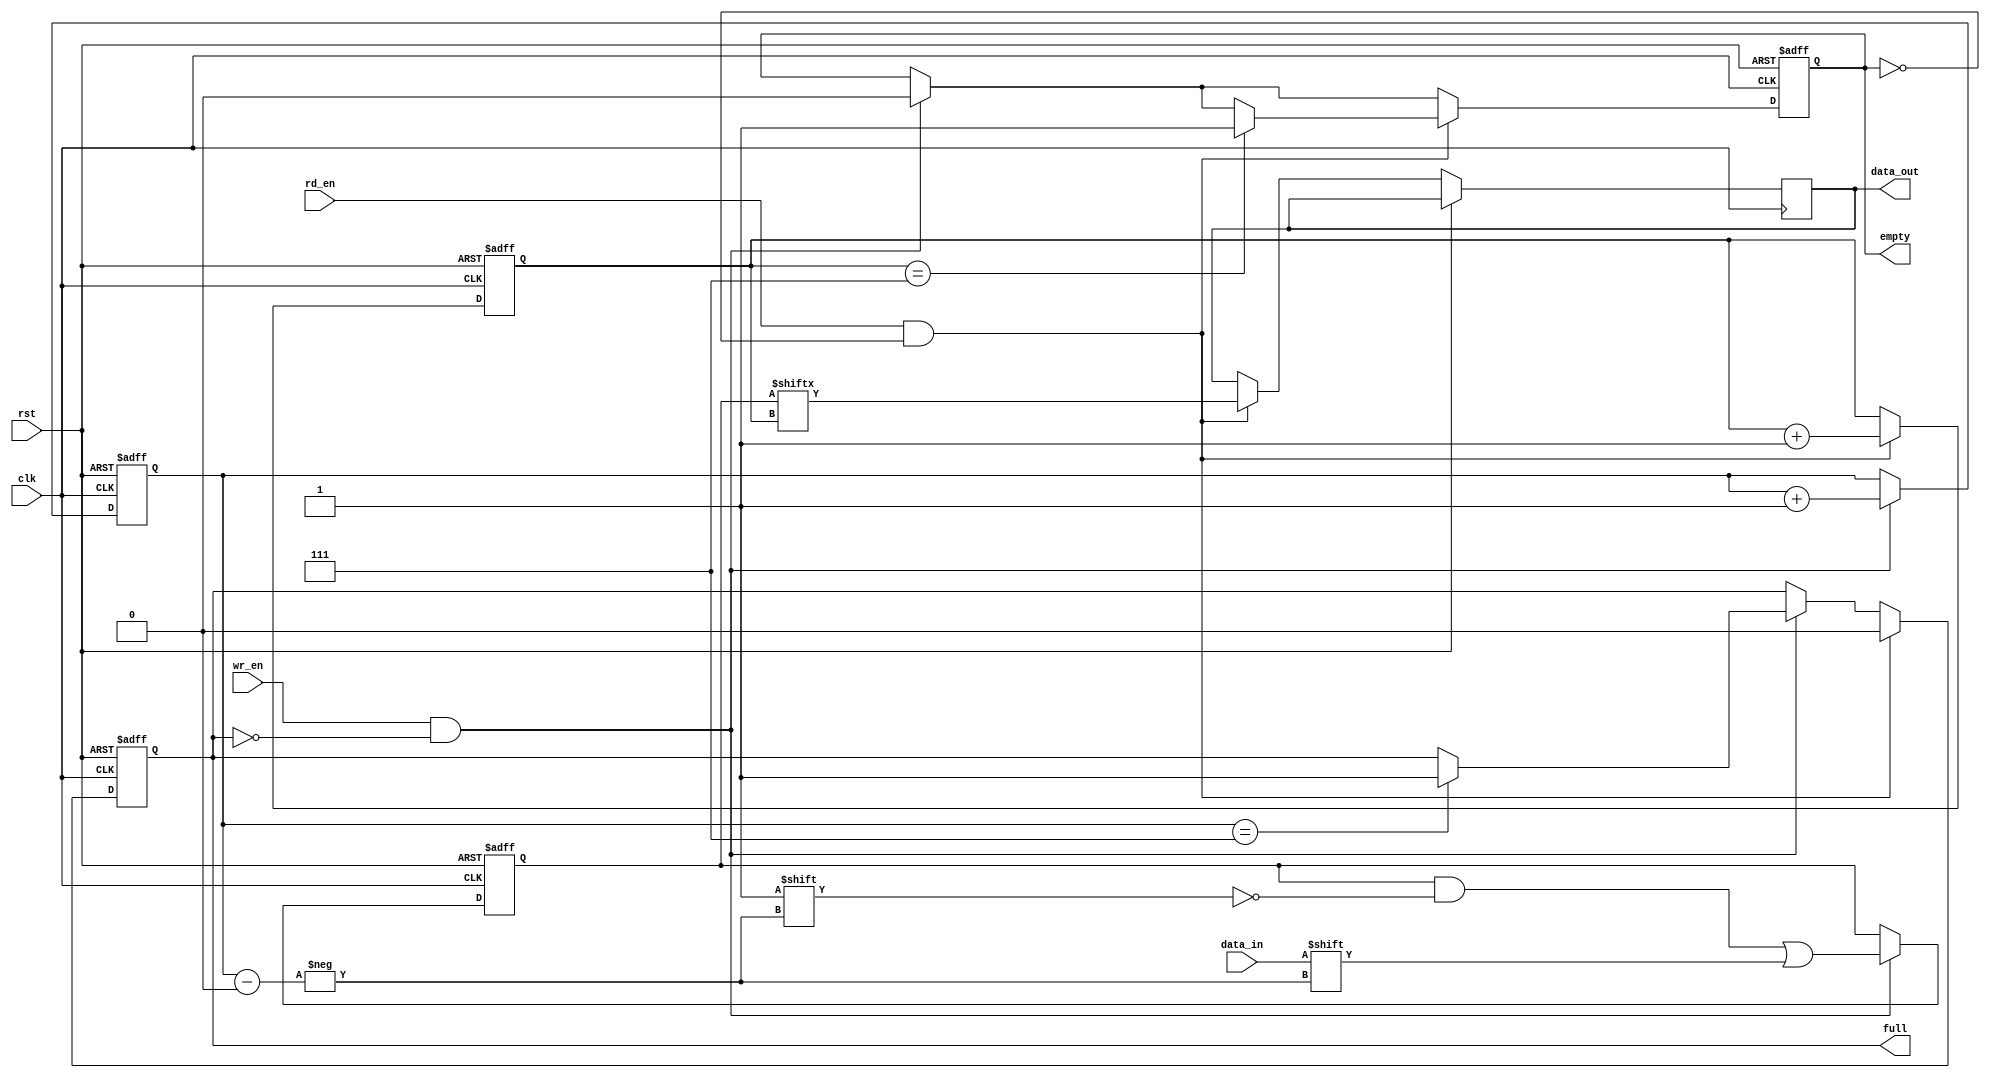
module bidirectional_fifo (
  input wire clk,
  input wire rst,
  input wire wr_en,
  input wire rd_en,
  input wire data_in,
  output wire data_out,
  output wire full,
  output wire empty
);

  parameter FIFO_DEPTH = 8;
  
  reg [FIFO_DEPTH-1:0] fifo_mem;
  reg [FIFO_DEPTH-1:0] wr_ptr;
  reg [FIFO_DEPTH-1:0] rd_ptr;
  
  reg full_reg;
  reg empty_reg;
  
  always @(posedge clk or posedge rst) begin
    if (rst) begin
      fifo_mem <= 0;
      wr_ptr <= 0;
      rd_ptr <= 0;
      full_reg <= 0;
      empty_reg <= 1;
    end else begin
      if (wr_en && !full_reg) begin
        fifo_mem[wr_ptr] <= data_in;
        wr_ptr <= wr_ptr + 1;
        if (wr_ptr == FIFO_DEPTH-1)
          full_reg <= 1;
        empty_reg <= 0;
      end
      
      if (rd_en && !empty_reg) begin
        data_out <= fifo_mem[rd_ptr];
        rd_ptr <= rd_ptr + 1;
        if (rd_ptr == FIFO_DEPTH-1)
          empty_reg <= 1;
        full_reg <= 0;
      end
    end
  end
  
  assign full = full_reg;
  assign empty = empty_reg;

endmodule